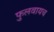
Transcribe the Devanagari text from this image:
फुलवायच